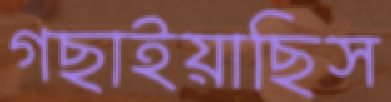
গছাইয়াছিস